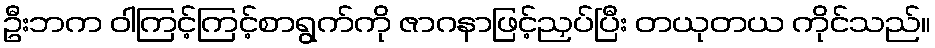
ဦးဘက ဝါကြင့်ကြင့်စာရွက်ကို ဇာဂနာဖြင့်ညှပ်ပြီး တယုတယ ကိုင်သည်။